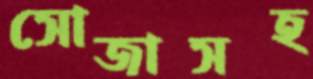
সোজাসহ